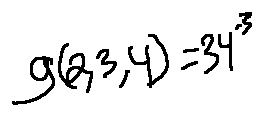
g ( 2 , 3 , 4 ) = 3 4 ^ { - 3 }